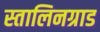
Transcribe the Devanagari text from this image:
स्तालिनग्राड